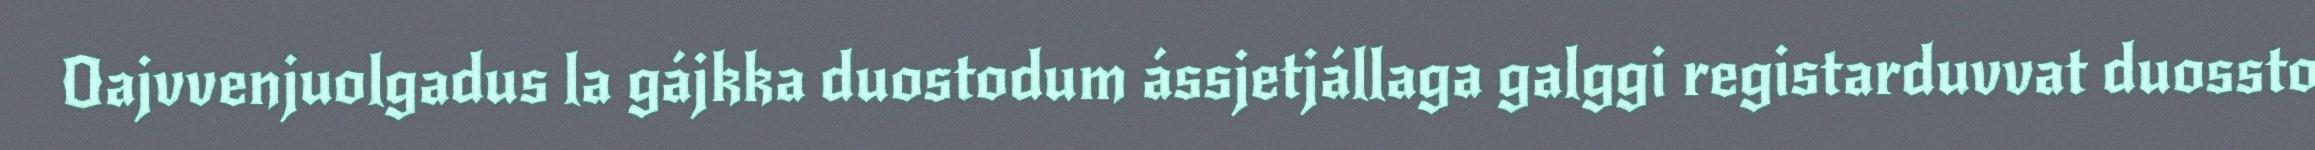
Oajvvenjuolgadus la gájkka duostodum ássjetjállaga galggi registarduvvat duossto